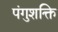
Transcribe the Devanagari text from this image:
पंगुशक्ति